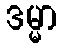
ဒမ္မာ